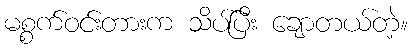
မစ္စက်ဝင်းတားက သိပ်ပြီး ချောတယ်တဲ့။